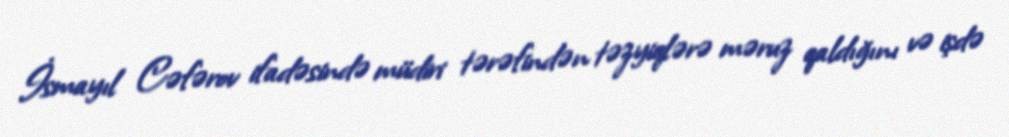
İsmayıl Cəfərov ifadəsində müdiri tərəfindən təzyiqlərə məruz qaldığını və işdə